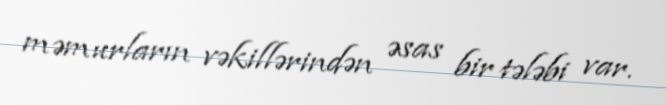
məmurların vəkillərindən əsas bir tələbi var.